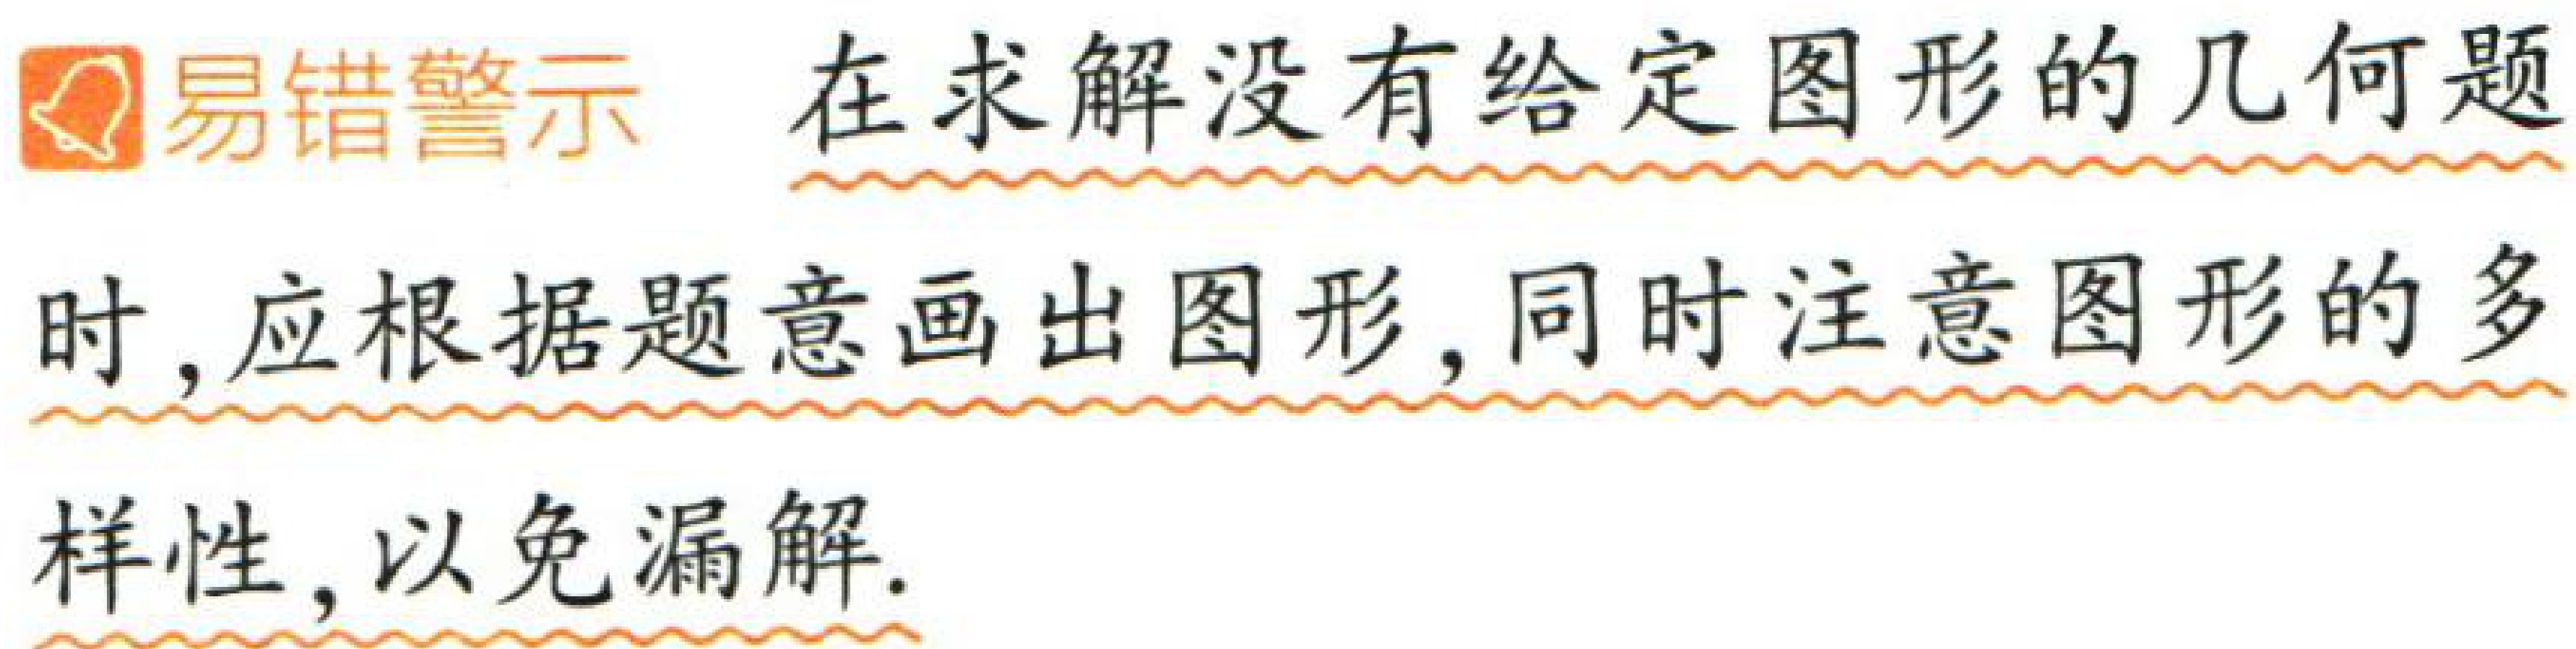
易错警示 在求解没有给定图形的几何题时，应根据题意画出图形，同时注意图形的多样性，以免漏解.